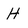
Character: H